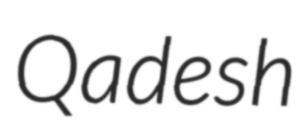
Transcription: Qadesh